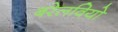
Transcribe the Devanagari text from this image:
बरेलवियो